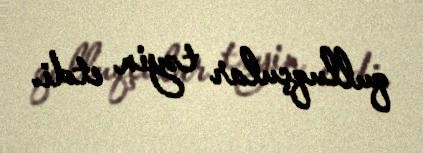
qulluqçular təyin etdi.